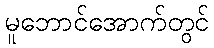
မူဘောင်အောက်တွင်